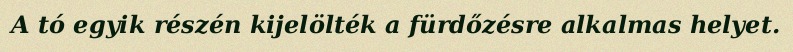
A tó egyik részén kijelölték a fürdőzésre alkalmas helyet.